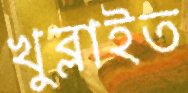
খুব্‌লাইত